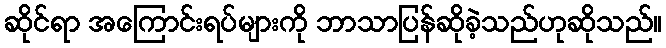
ဆိုင်ရာ အကြောင်းရပ်များကို ဘာသာပြန်ဆိုခဲ့သည်ဟုဆိုသည်။